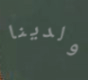
ولدينا